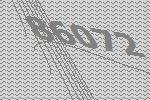
86072